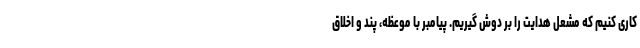
کاری کنیم که مشعل هدایت را بر دوش گیریم. پیامبر با موعظه، پند و اخلاق